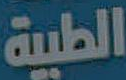
الطبية